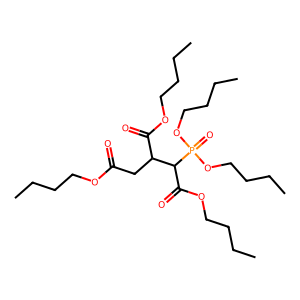
SMILES: CCCCOC(=O)CC(C(=O)OCCCC)C(C(=O)OCCCC)P(=O)(OCCCC)OCCCC
Inhibits HIV replication: No